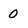
Character: 0